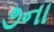
૭ના